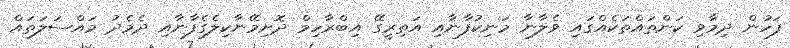
ފަހުން ދިމާވި ކަންތައްތަކެއްގައި ވެލާނާ މަނިކުފާނާއި އަތިރީގޭ އިބްރާހިމް ދޮށިމޭނާކިލެގެފާނާއި ދެމެދު މައްސަލަތައް